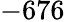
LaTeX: -676